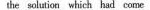
the solution which had come